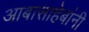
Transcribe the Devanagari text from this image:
आबासाहेबांनी